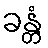
ခန္တံ